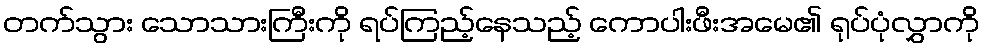
တက်သွား သောသားကြီးကို ရပ်ကြည့်နေသည့် ကောပါးဖီးအမေ၏ ရုပ်ပုံလွှာကို